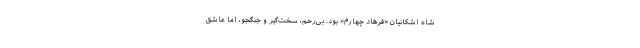
شاه اشکانیان «فرهاد چهارم» بود. بی‌رحم، سخت‌گیر و جنگجو، اما عاشق